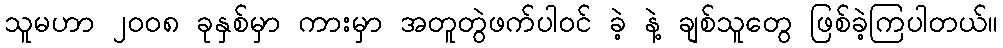
သူမဟာ ၂ဝဝ၈ ခုနှစ်မှာ ကားမှာ အတူတွဲဖက်ပါဝင် ခဲ့ နဲ့ ချစ်သူတွေ ဖြစ်ခဲ့ကြပါတယ်။